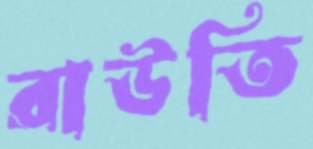
রাউতি